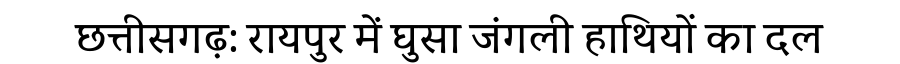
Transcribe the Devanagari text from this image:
छत्तीसगढ़: रायपुर में घुसा जंगली हाथियों का दल